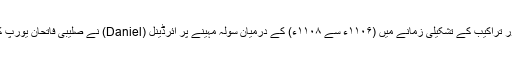
آج تک روسی زبان پر اس کے باقیات کا اثر ملتا ہے حروف تہجی اور تراکیب کے تشکیلی زمانے میں (۱۱۰۶ء سے ۱۱۰۸ء) کے درمیان سولہ مہینے پر ائرڈینل (Daniel) نے صلیبی فاتحان یورپ کے ساتھ فلسطین میں گزارے اور ’’مقامات مقدسہ کا سفر نامہ‘‘ لکھا۔